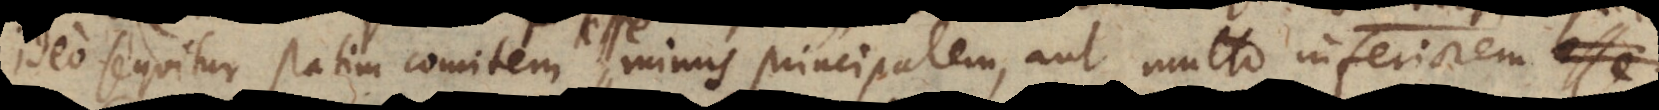
ideo sequitur statim comitem esse minus principalem, aut multo inferiorem.